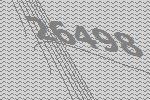
26498